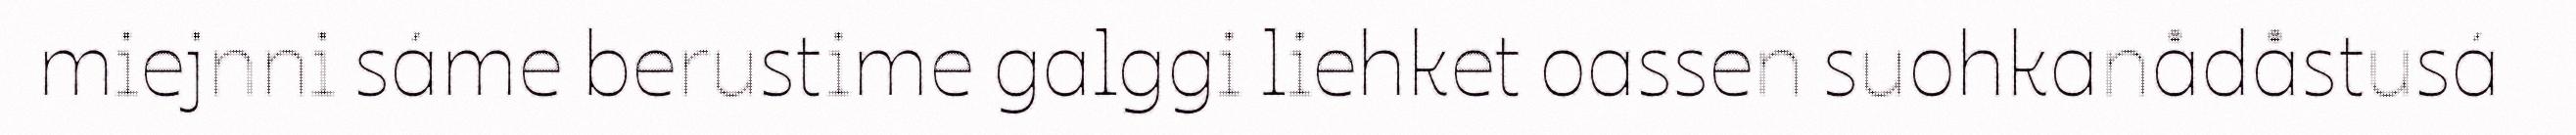
miejnni sáme berustime galggi liehket oassen suohkanådåstusá